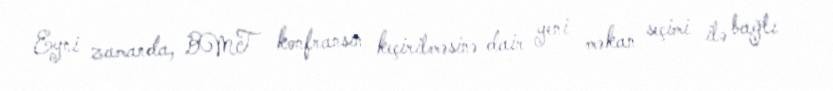
Eyni zamanda, BMT konfransın keçirilməsinə dair yeni məkan seçimi ilə bağlı